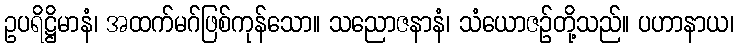
ဥပရိဋ္ဌိမာနံ၊ အထက်မဂ်ဖြစ်ကုန်သော။ သညောဇနာနံ၊ သံယောဇဉ်တို့သည်။ ပဟာနာယ၊